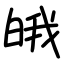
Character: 皒